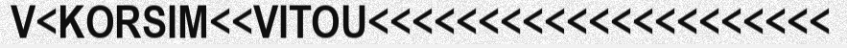
V<KORSIM<<VITOU<<<<<<<<<<<<<<<<<<<<<